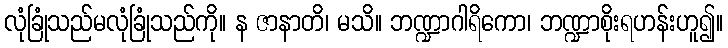
လုံခြုံသည်မလုံခြုံသည်ကို။ န ဇာနာတိ၊ မသိ။ ဘဏ္ဍာဂါရိကော၊ ဘဏ္ဍာစိုးရဟန်းဟူ၍။